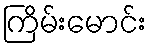
ကြိမ်းမောင်း